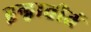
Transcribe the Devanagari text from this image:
द्वन्द्वातीतं